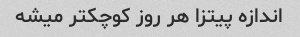
اندازه پیتزا هر روز کوچکتر میشه